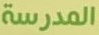
المدرسة